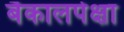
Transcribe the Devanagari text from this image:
बैकालपेक्षा